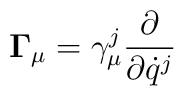
{\bf \Gamma}_\mu = \gamma^j_\mu{\partial\over\partial{\dot q}^j}